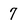
Character: 7